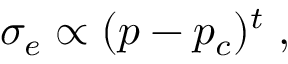
\sigma _ { e } \propto ( p - p _ { c } ) ^ { t } \; ,